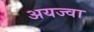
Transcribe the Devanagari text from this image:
अयज्वा